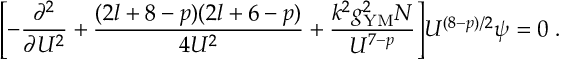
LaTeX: \Biggl [ - \frac { \partial ^ { 2 } } { \partial U ^ { 2 } } + \frac { ( 2 l + 8 - p ) ( 2 l + 6 - p ) } { 4 U ^ { 2 } } + \frac { k ^ { 2 } g _ { \mathrm { Y M } } ^ { 2 } N } { U ^ { 7 - p } } \Biggr ] U ^ { ( 8 - p ) / 2 } \psi = 0 \ .